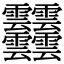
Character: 𩇔